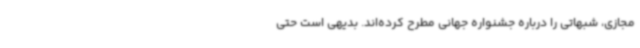
مجازی، شبهاتی را درباره جشنواره جهانی مطرح کرده‌اند. بدیهی است حتی